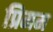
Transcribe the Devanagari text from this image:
प्रिमम